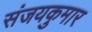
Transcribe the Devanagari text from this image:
संजयकुमार